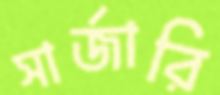
সার্জারি